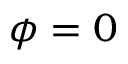
\phi = 0